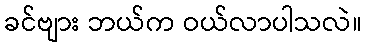
ခင်ဗျား ဘယ်က ဝယ်လာပါသလဲ။